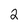
Character: 2